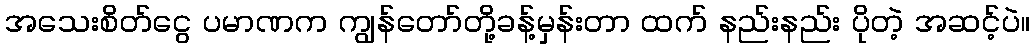
အသေးစိတ်ငွေ ပမာဏက ကျွန်တော်တို့ခန့်မှန်းတာ ထက် နည်းနည်း ပိုတဲ့ အဆင့်ပဲ။